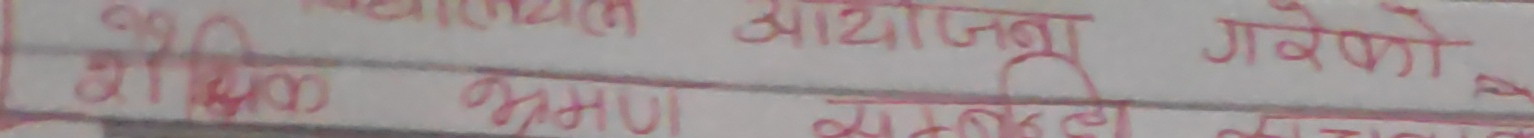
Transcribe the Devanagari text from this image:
मैफिल भ्रमण सम्बन्धी